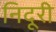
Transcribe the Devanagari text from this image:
निदूरी